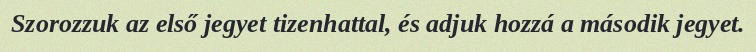
Szorozzuk az első jegyet tizenhattal, és adjuk hozzá a második jegyet.